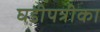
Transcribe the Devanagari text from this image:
घडीपत्रीका